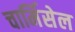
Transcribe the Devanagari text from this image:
चार्मिसेल